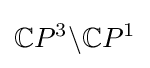
{\mathbb {C} }P^{3}\backslash {\mathbb {C} }P^{1}